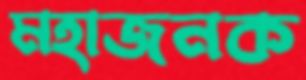
মহাজনক